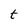
Character: t